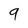
Character: 9